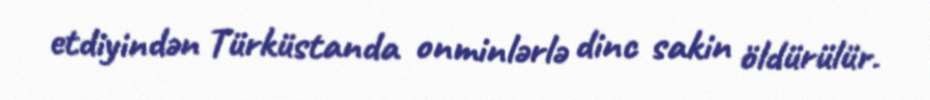
etdiyindən Türküstanda onminlərlə dinc sakin öldürülür.